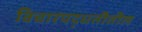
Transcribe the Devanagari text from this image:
विचारपद्धतीतील